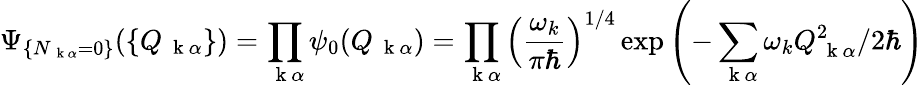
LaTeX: \Psi_{\{ N_{\mathrm{~\mathbf~k~}\alpha}=0\} }(\{ Q_{\mathrm{~\mathbf~k~}\alpha}\} )=\prod_{\mathrm{~\mathbf~k~}\alpha}\psi_{0}(Q_{\mathrm{~\mathbf~k~}\alpha})=\prod_{\mathrm{~\mathbf~k~}\alpha}\left(\frac{\omega_{k}}{\pi\hbar}\right)^{1/4}\exp\left(-\sum_{\mathrm{~\mathbf~k~}\alpha}\omega_{k}Q_{\mathrm{~\mathbf~k~}\alpha}^{2}/2\hbar\right)